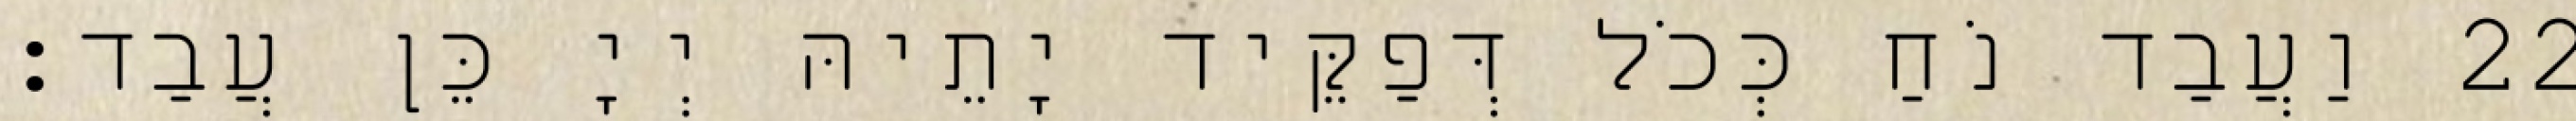
22 וַעֲבַד נֹחַ כְּכֹל דְּפַקֵּיד יָתֵיהּ יְיָ כֵּן עֲבַד׃